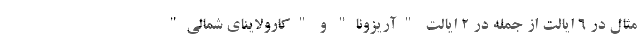
مثال در 6 ایالت از جمله در 2 ایالت "آریزونا" و "کارولاینای شمالی"